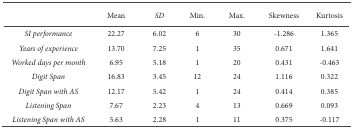
<table><thead><tr><td>[EMPTY_CELL]</td><td><b>Mean</b></td><td><b><i>SD</i></b></td><td><b>Min.</b></td><td><b>Max.</b></td><td><b>Skewness</b></td><td><b>Kurtosis</b></td></tr></thead><tbody><tr><td><i>SI performance</i></td><td>22,27</td><td>6,02</td><td>6</td><td>30</td><td>-1,286</td><td>1,365</td></tr><tr><td><i>Years of experience</i></td><td>13,70</td><td>7,25</td><td>1</td><td>35</td><td>0,671</td><td>1,641</td></tr><tr><td><i>Worked days per month</i></td><td>6,95</td><td>5,18</td><td>1</td><td>20</td><td>0,431</td><td>-0,463</td></tr><tr><td><i>Digit Span</i></td><td>16,83</td><td>3,45</td><td>12</td><td>24</td><td>1,116</td><td>0,322</td></tr><tr><td><i>Digit Span with AS</i></td><td>12,17</td><td>5,42</td><td>1</td><td>24</td><td>0,414</td><td>0,385</td></tr><tr><td><i>Listening Span</i></td><td>7,67</td><td>2,23</td><td>4</td><td>13</td><td>0,669</td><td>0,093</td></tr><tr><td><i>Listening Span with AS</i></td><td>5,63</td><td>2,28</td><td>1</td><td>11</td><td>0,375</td><td>-0,117</td></tr></tbody></table>